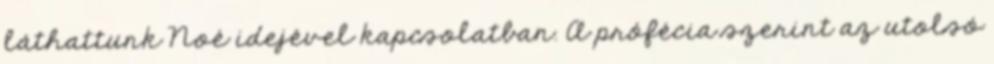
láthattunk Noé idejével kapcsolatban. A prófécia szerint az utolsó